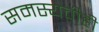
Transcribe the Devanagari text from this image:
समस्येचीही